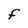
Character: F